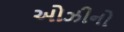
ઓઝીનો